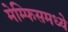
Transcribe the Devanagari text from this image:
मेम्फिसमध्ये